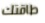
طاقتك